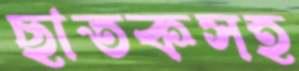
ছাতকসহ